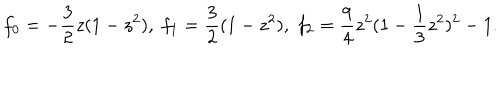
f _ { 0 } = - \frac { 3 } { 2 } z ( 1 - z ^ { 2 } ) , \; f _ { 1 } = \frac { 3 } { 2 } ( 1 - z ^ { 2 } ) , \; f _ { 2 } = \frac { 9 } { 4 } z ^ { 2 } ( 1 - \frac { 1 } { 3 } z ^ { 2 } ) ^ { 2 } - 1 .